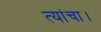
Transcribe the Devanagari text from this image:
त्यांचा।